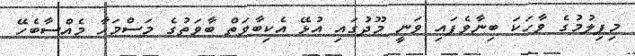
މިފިލުމުގެ ވާހަކަ ބިނާވެފައި ވަނީ މޫދުގައި އުޅޭ އެކިބާވަތް ބާވަތުގެ މަސްމަހާ މެއްސާބެހޭ